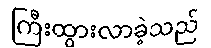
ကြီးထွားလာခဲ့သည်